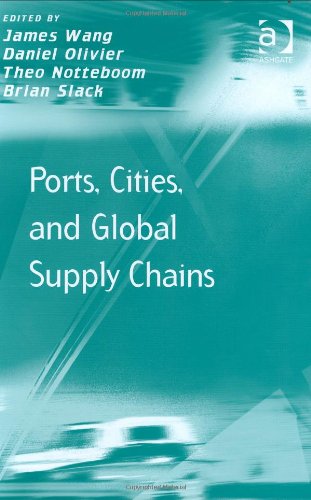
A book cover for Ports, Cities, and Global Supply Chains (Transport & Mobility); Business & Money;